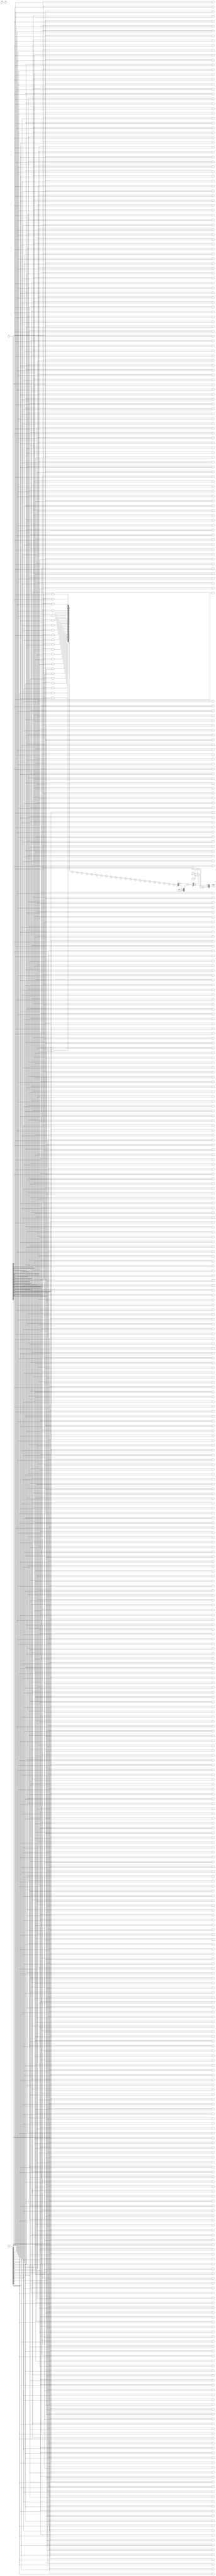
module FloatingPointWallaceTreeMultiplier #(
    parameter EXPONENT_WIDTH = 8, // Number of bits for exponent
    parameter SIGNIFICAND_WIDTH = 23, // Number of bits for significand
    parameter BIAS = 127 // Bias for the exponent
)(
    input wire clk,
    input wire rst,
    input wire [SIGNIFICAND_WIDTH:0] A, // 1 bit sign + EXPONENT_WIDTH bits exponent + SIGNIFICAND_WIDTH bits significand
    input wire [SIGNIFICAND_WIDTH:0] B, // 1 bit sign + EXPONENT_WIDTH bits exponent + SIGNIFICAND_WIDTH bits significand
    output reg [SIGNIFICAND_WIDTH:0] result // 1 bit sign + EXPONENT_WIDTH bits exponent + SIGNIFICAND_WIDTH bits significand
);

    wire sign_A = A[SIGNIFICAND_WIDTH]; // Sign bit of A
    wire sign_B = B[SIGNIFICAND_WIDTH]; // Sign bit of B
    wire [EXPONENT_WIDTH-1:0] exp_A = A[SIGNIFICAND_WIDTH-1:0 + EXPONENT_WIDTH]; // Exponent of A
    wire [EXPONENT_WIDTH-1:0] exp_B = B[SIGNIFICAND_WIDTH-1:0 + EXPONENT_WIDTH]; // Exponent of B
    wire [SIGNIFICAND_WIDTH-1:0] sig_A = A[SIGNIFICAND_WIDTH-1 -: SIGNIFICAND_WIDTH]; // Significand of A
    wire [SIGNIFICAND_WIDTH-1:0] sig_B = B[SIGNIFICAND_WIDTH-1 -: SIGNIFICAND_WIDTH]; // Significand of B

    // Sign calculation
    wire sign_result = sign_A ^ sign_B;

    // Exponent calculation
    wire [EXPONENT_WIDTH:0] exp_result = (exp_A + exp_B) - BIAS;

    // Significand multiplication using Wallace Tree
    wire [2*SIGNIFICAND_WIDTH-1:0] partial_products [0:SIGNIFICAND_WIDTH-1];
    genvar i, j;

    // Generate partial products
    generate
        for (i = 0; i < SIGNIFICAND_WIDTH; i = i + 1) begin: gen_partial_products
            for (j = 0; j < SIGNIFICAND_WIDTH; j = j + 1) begin: gen_and
                assign partial_products[i][i + j] = sig_A[i] & sig_B[j];
            end
        end
    endgenerate

    // Wallace Tree Reduction (simplified)
    wire [2*SIGNIFICAND_WIDTH-1:0] sum [0:SIGNIFICAND_WIDTH-1]; // To hold sums at each level
    wire [2*SIGNIFICAND_WIDTH-1:0] carry [0:SIGNIFICAND_WIDTH-1]; // To hold carries at each level

    // First level of CSA (Carry Save Adder) reduction
    assign {carry[0], sum[0]} = partial_products[0];
    for (i = 1; i < SIGNIFICAND_WIDTH; i = i + 1) begin
        assign {carry[i], sum[i]} = sum[i-1] + partial_products[i];
    end

    // Final addition (assuming two rows remain)
    wire [2*SIGNIFICAND_WIDTH-1:0] final_sum;
    wire [2*SIGNIFICAND_WIDTH-1:0] final_carry;

    assign {final_carry, final_sum} = sum[SIGNIFICAND_WIDTH-1] + carry[SIGNIFICAND_WIDTH-1];

    // Normalization and rounding (simplified)
    reg [SIGNIFICAND_WIDTH-1:0] normalized_sig;
    reg [EXPONENT_WIDTH:0] adjusted_exp;

    always @(*) begin
        // Normalization logic (simplified)
        normalized_sig = final_sum[SIGNIFICAND_WIDTH-1:0]; // Take the lower part for normalization
        adjusted_exp = exp_result + (final_sum[SIGNIFICAND_WIDTH] ? 1 : 0); // Adjust exponent if needed

        // Output result
        result = {sign_result, adjusted_exp[EXPONENT_WIDTH-1:0], normalized_sig};
    end

    // Handle special cases (zero, infinity, NaN) - omitted for brevity

endmodule